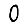
Digit: 0